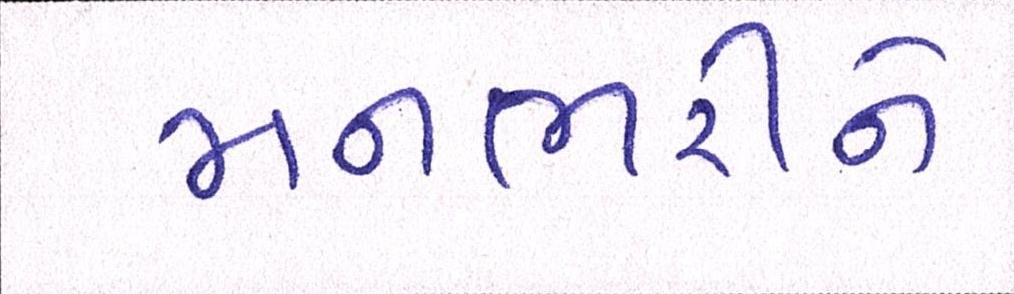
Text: મનભરીને